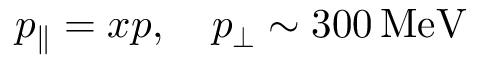
p _ { \parallel } = x p , \quad p _ { \perp } \sim 3 0 0 \, \mathrm { M e V }